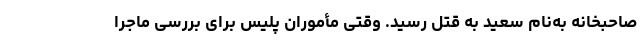
صاحبخانه به‌نام سعید به قتل رسید. وقتی مأموران پلیس برای بررسی ماجرا